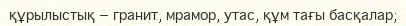
құрылыстық — гранит, мрамор, утас, құм тағы басқалар;